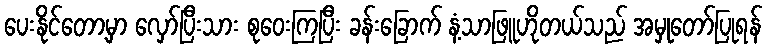
ပေးနိုင်တော့မှာ လှော်ပြီးသား စုဝေးကြပြီး ခန်းခြောက် နံ့သာဖြူဟိုတယ်သည် အမှုတော်ပြုရန်